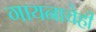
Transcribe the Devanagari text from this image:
गायनाचेही